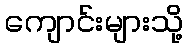
ကျောင်းများသို့